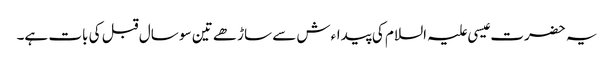
یہ حضرت عیسی علیہ السلام کی پیداءش سے ساڑھے تین سو سال قبل کی بات ہے۔